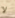
لا